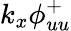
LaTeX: {k_{x}}{{\phi}_{uu}^{+}}